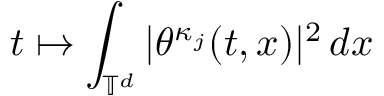
t \mapsto \int _ { \ensuremath { \mathbb { T } } ^ { d } } | \theta ^ { \kappa _ { j } } ( t , x ) | ^ { 2 } \, d x